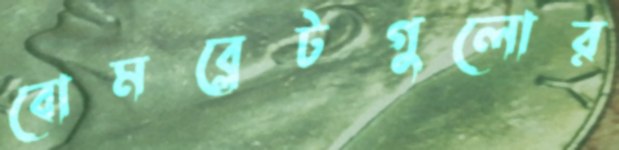
বোমব্লেটগুলোর